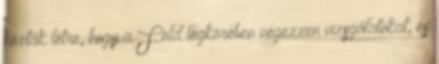
hozták létre, hogy a Föld légkörében végezzen vizsgálatokat, és